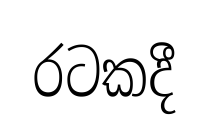
රටකදී